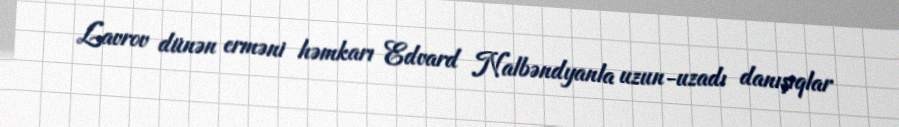
Lavrov dünən erməni həmkarı Edvard Nalbəndyanla uzun-uzadı danışıqlar